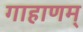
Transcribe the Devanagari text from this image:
गाहाणम्